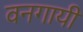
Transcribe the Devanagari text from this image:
वनगायी